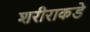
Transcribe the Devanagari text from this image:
शरीराकडे